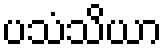
ပသံသိယာ